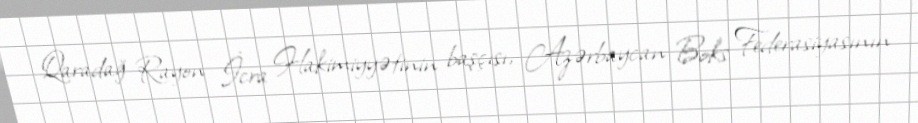
Qaradağ Rayon İcra Hakimiyyətinin başçısı, Azərbaycan Boks Federasiyasının